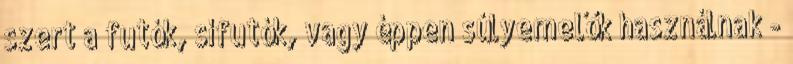
szert a futók, sífutók, vagy éppen súlyemelők használnak -